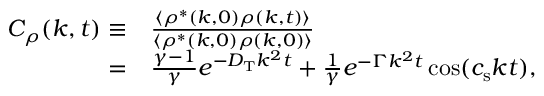
\begin{array} { r l } { C _ { \rho } ( k , t ) \equiv } & { { } \frac { \langle \rho ^ { \ast } ( k , 0 ) \rho ( k , t ) \rangle } { \langle \rho ^ { \ast } ( k , 0 ) \rho ( k , 0 ) \rangle } } \\ { = } & { { } \frac { \gamma - 1 } { \gamma } e ^ { - D _ { \mathrm { T } } k ^ { 2 } t } + \frac { 1 } { \gamma } e ^ { - \Gamma k ^ { 2 } t } \cos ( c _ { \mathrm { s } } k t ) , } \end{array}